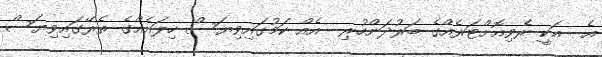
އެ  އަކީ ރެވިއޮށްޓަރެއްގެ ބަރުދަންހުރި  އެއް ކަމުގައިވިޔަސް ހިލައެއްގެ ތެރޭގައިވިޔަސް